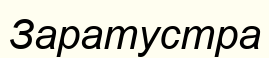
Заратустра